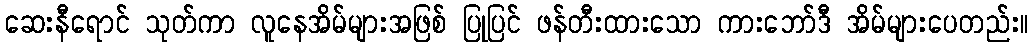
ဆေးနီရောင် သုတ်ကာ လူနေအိမ်များအဖြစ် ပြုပြင် ဖန်တီးထားသော ကားဘော်ဒီ အိမ်များပေတည်း။